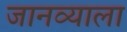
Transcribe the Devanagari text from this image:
जानव्याला